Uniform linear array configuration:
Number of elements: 32
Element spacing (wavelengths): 0.75
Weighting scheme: hamming
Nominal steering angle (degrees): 60
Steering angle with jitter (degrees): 61.417
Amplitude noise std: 0.05
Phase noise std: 0.05

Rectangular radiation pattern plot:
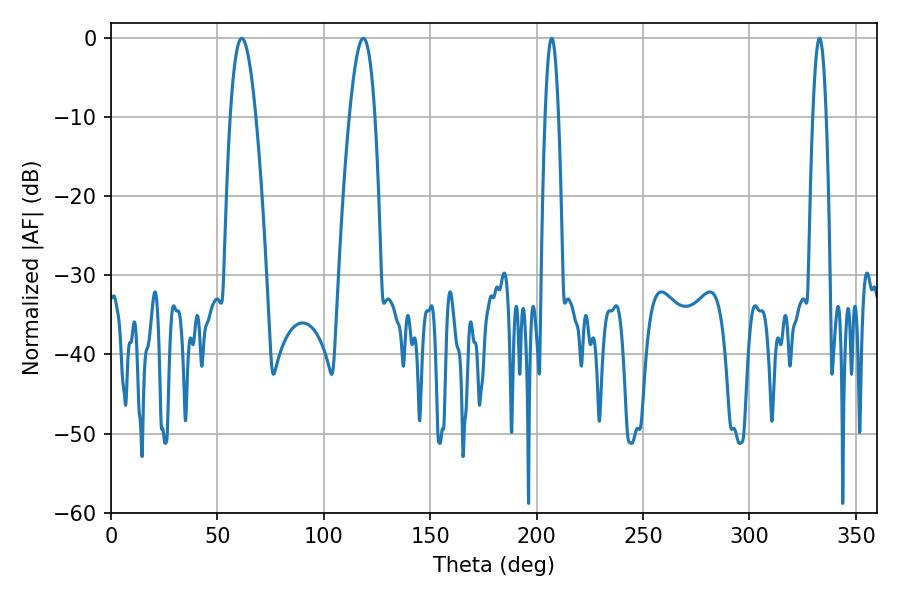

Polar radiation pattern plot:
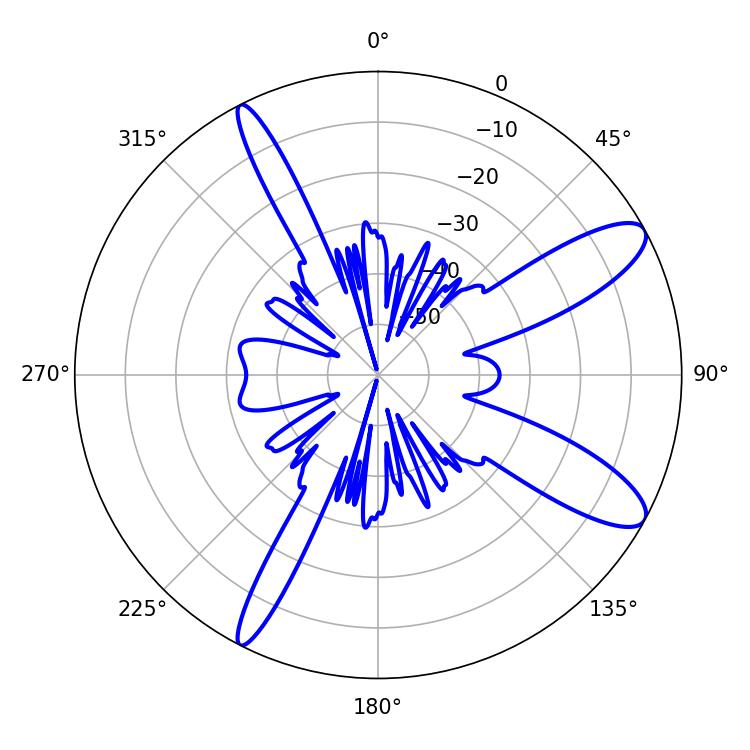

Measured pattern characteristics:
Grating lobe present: TRUE
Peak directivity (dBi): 11.004
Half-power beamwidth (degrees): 6.66
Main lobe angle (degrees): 61.38